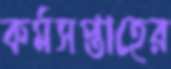
কর্মসপ্তাহের